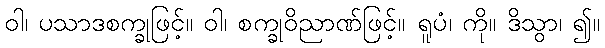
ဝါ၊ ပသာဒစက္ခုဖြင့်။ ဝါ၊ စက္ခုဝိညာဏ်ဖြင့်။ ရူပံ၊ ကို။ ဒိသွာ၊ ၍။